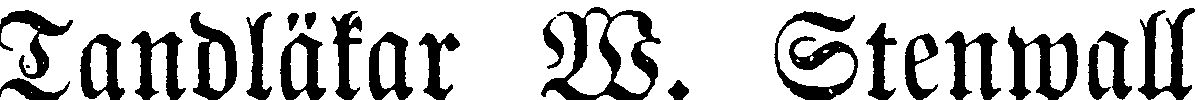
Tandläkar W. Stenwall